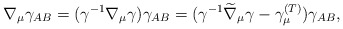
\begin{align*}\nabla _{\mu }\gamma _{AB}=(\gamma ^{-1}\nabla _{\mu }\gamma )\gamma_{AB}=(\gamma ^{-1}\widetilde{\nabla }_{\mu }\gamma -\gamma _{\mu }^{{\footnotesize (T)}})\gamma _{AB}, \end{align*}